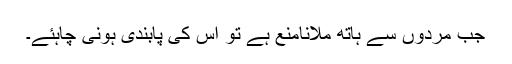
جب مَردوں سے ہاتھ ملانامنع ہے تو اُس کی پابندی ہونی چاہئے۔